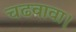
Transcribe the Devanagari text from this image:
चढवावा।